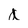
Character: d